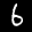
Label: 6